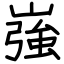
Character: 嵹